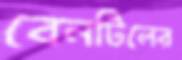
বেনটিলের